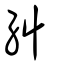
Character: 糾